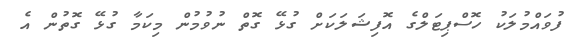
ފުވައްމުލަކު ހޮސްޕިޓަލްގެ އޮފިޝަލަކަށް ގުޅޭ ގޮތް ނުވުމުން މިކަމާ ގުޅޭ ގޮތުން އެ